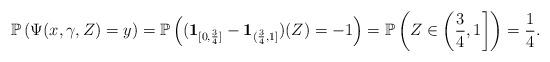
LaTeX: \begin{align*}\mathbb{P}\left(\Psi(x,\gamma,Z)=y\right)= \mathbb{P}\left(( \mathbf{1}_{[0, \frac{3}{4}]} - \mathbf{1}_{(\frac{3}{4},1]} )(Z)=-1\right)=\mathbb{P}\left(Z \in \left(\frac{3}{4}, 1\right]\right)=\frac{1}{4}.\end{align*}